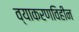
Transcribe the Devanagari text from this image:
व्याकरणविहीन